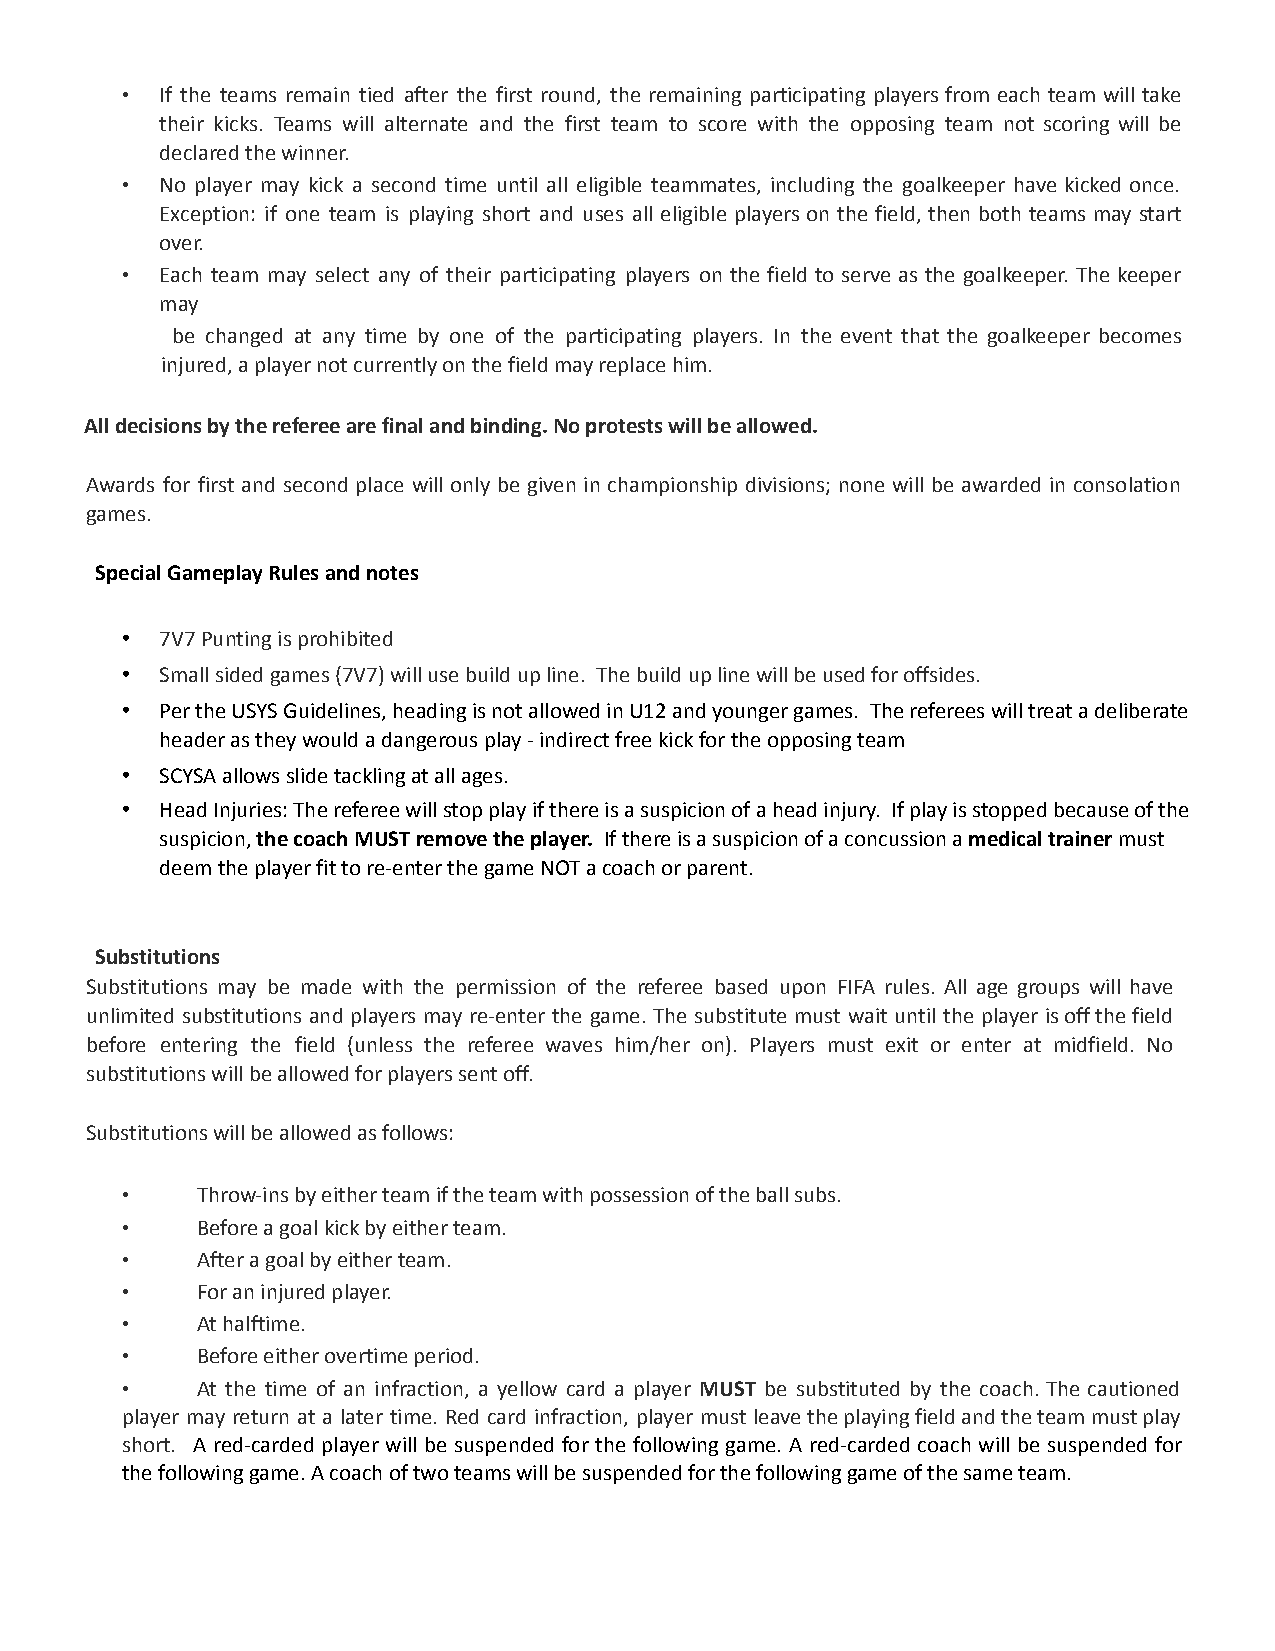
•  If the teams remain tied after the first round, the remaining participating players from each team will take
 their kicks. Teams will alternate and the first team to score with the opposing team not scoring will be
 declared the winner.
 •  No player may kick a second time until all eligible teammates, including the goalkeeper have kicked once.
 Exception: if one team is playing short and uses all eligible players on the field, then both teams may start
 over.
 •  Each team may select any of their participating players on the field to serve as the goalkeeper. The keeper
 may
 be changed at any time by one of the participating players. In the event that the goalkeeper becomes
 injured, a player not currently on the field may replace him.
 All decisions by the referee are final and binding. No protests will be allowed.
 Awards for first and second place will only be given in championship divisions; none will be awarded in consolation
 games.
 Special Gameplay Rules and notes
 •  7V7 Punting is prohibited
 •  Small sided games (7V7) will use build up line. The build up line will be used for offsides.
 •  Per the USYS Guidelines, heading is not allowed in U12 and younger games. The referees will treat a deliberate
 header as they would a dangerous play - indirect free kick for the opposing team
 •  SCYSA allows slide tackling at all ages.
 •  Head Injuries: The referee will stop play if there is a suspicion of a head injury. If play is stopped because of the
 suspicion,the coach MUST remove the player. If thereis a suspicion of a concussion amedical trainermust
 deem the player fit to re-enter the game NOT a coach or parent.
 Substitutions
 Substitutions may be made with the permission of the referee based upon FIFA rules. All age groups will have
 unlimited substitutions and players may re-enter the game. The substitute must wait until the player isoffthefield
 before entering the field (unless the referee waves him/her on). Players must exit or enter at midfield. No
 substitutions will be allowed for players sent off.
 Substitutions will be allowed as follows:
 •    Throw-ins by either team if the team with possession of the ball subs.
 •    Before a goal kick by either team.
 •    After a goal by either team.
 •    For an injured player.
 •    At halftime.
 •    Before either overtime period.
 •    At the time of an infraction, a yellow card a player MUST be substituted by the coach. The cautioned
 player may return at a later time. Red card infraction, player must leavetheplayingfieldandtheteammustplay
 short. A red-carded player will be suspended for the following game. A red-carded coach will be suspended for
 the following game. A coach of two teams will be suspended for the following game of the same team.